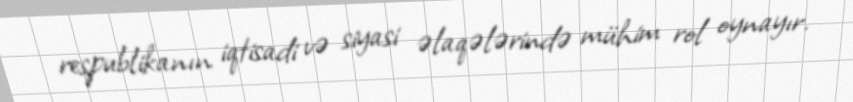
respublikanın iqtisadi və siyasi əlaqələrində mühim rol oynayır.